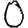
Digit: 0